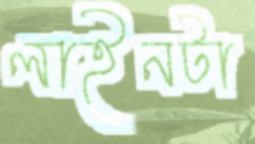
লাইনটা